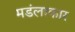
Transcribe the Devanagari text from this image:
मडंलाकार